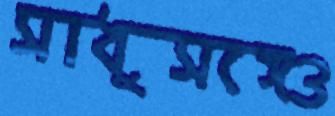
সাধুসঙ্গেও